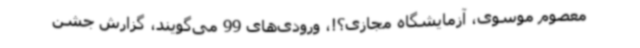
معصوم موسوی، آزمایشگاه مجازی؟!، ورودی‌های 99 می‌گویند، گزارش جشن